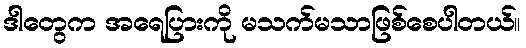
ဒါတွေက အရေပြားကို မသက်မသာဖြစ်စေပါတယ်။